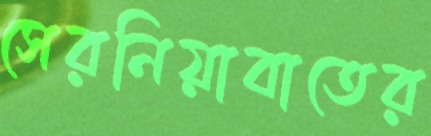
সেরনিয়াবাতের